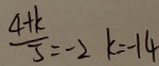
\frac { 4 + k } { 3 } = - 2 k = - 1 4